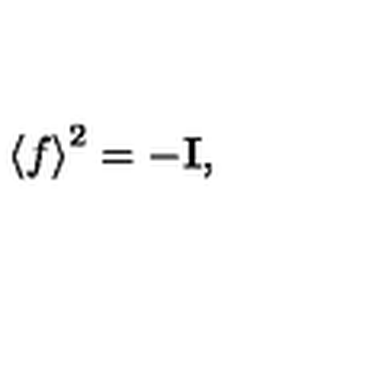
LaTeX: \left< f \right> ^ { 2 } = - { \bf I } ,